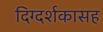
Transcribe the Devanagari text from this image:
दिग्दर्शकासह